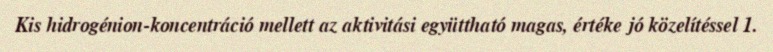
Kis hidrogénion-koncentráció mellett az aktivitási együttható magas, értéke jó közelítéssel 1.